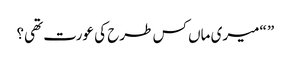
” “میری ماں کس طرح کی عورت تھی؟